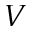
V